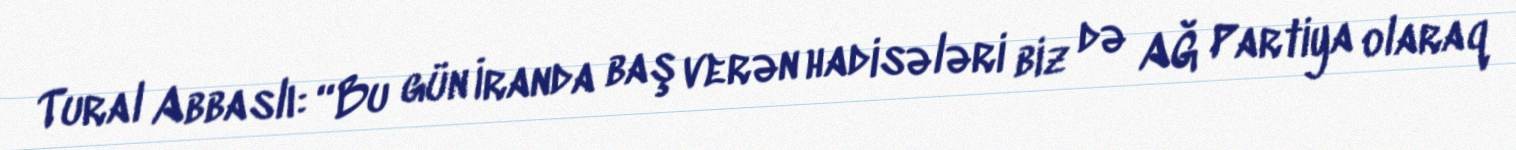
Tural Abbaslı: “Bu gün İranda baş verən hadisələri biz də AĞ Partiya olaraq